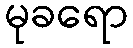
မုခရော